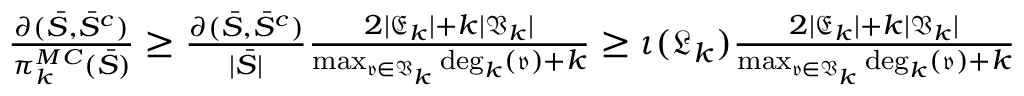
\begin{array} { r } { \frac { \partial ( \bar { S } , \bar { S } ^ { c } ) } { \pi _ { k } ^ { M C } ( \bar { S } ) } \geq \frac { \partial ( \bar { S } , \bar { S } ^ { c } ) } { | \bar { S } | } \frac { 2 | \mathfrak { E } _ { k } | + k | \mathfrak { V } _ { k } | } { \operatorname* { m a x } _ { \mathfrak { v } \in \mathfrak { V } _ { k } } \mathrm { d e g } _ { k } ( \mathfrak { v } ) + k } \geq \iota ( \mathfrak { L } _ { k } ) \frac { 2 | \mathfrak { E } _ { k } | + k | \mathfrak { V } _ { k } | } { \operatorname* { m a x } _ { \mathfrak { v } \in \mathfrak { V } _ { k } } \mathrm { d e g } _ { k } ( \mathfrak { v } ) + k } } \end{array}